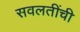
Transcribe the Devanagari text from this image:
सवलतींची